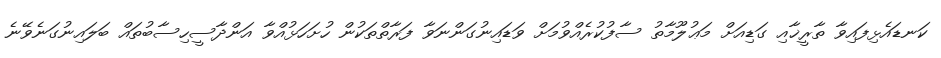
ކަނޑައެޅިފައިވާ ތާރީޚާއި ގަޑިއަށް މަޢުލޫމާތު ސާފުކުރެއްވުމަށް ވަޑައިނުގަންނަވާ ފަރާތްތަކުން ހުށަހަޅުއްވާ އަންދާސީހިސާބުތައް ބަލައިނުގަނެވޭނެ